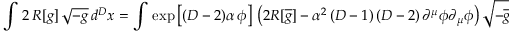
\int \, 2 \, R [ g ] \, \sqrt { - g } \, d ^ { D } x = \int \, \exp \left[ ( D - 2 ) \alpha \, \phi \right] \, \left( 2 R [ \overline { { { g } } } ] - \alpha ^ { 2 } \left( D - 1 \right) \left( D - 2 \right) \partial ^ { \mu } \phi \partial _ { \mu } \phi \right) \sqrt { - \overline { { { g } } } } \, d ^ { D } x